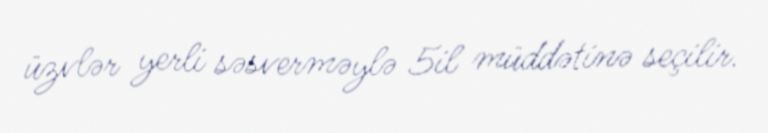
üzvlər yerli səsverməylə 5il müddətinə seçilir.